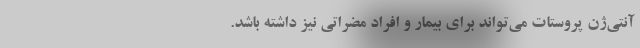
آنتی‌ژن پروستات می‌تواند برای بیمار و افراد مضراتی نیز داشته باشد.